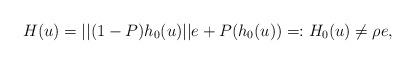
LaTeX: \begin{align*}H(u) = ||(1-P)h_0(u)||e + P(h_0(u)) =: H_0(u)\not= \rho e,\end{align*}